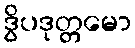
ဒွိပဒုတ္တမော